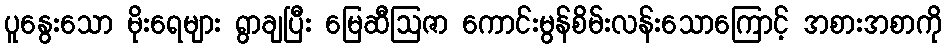
ပူနွေးသော မိုးရေများ ရွာချပြီး မြေဆီဩဇာ ကောင်းမွန်စိမ်းလန်းသောကြောင့် အစားအစာကို